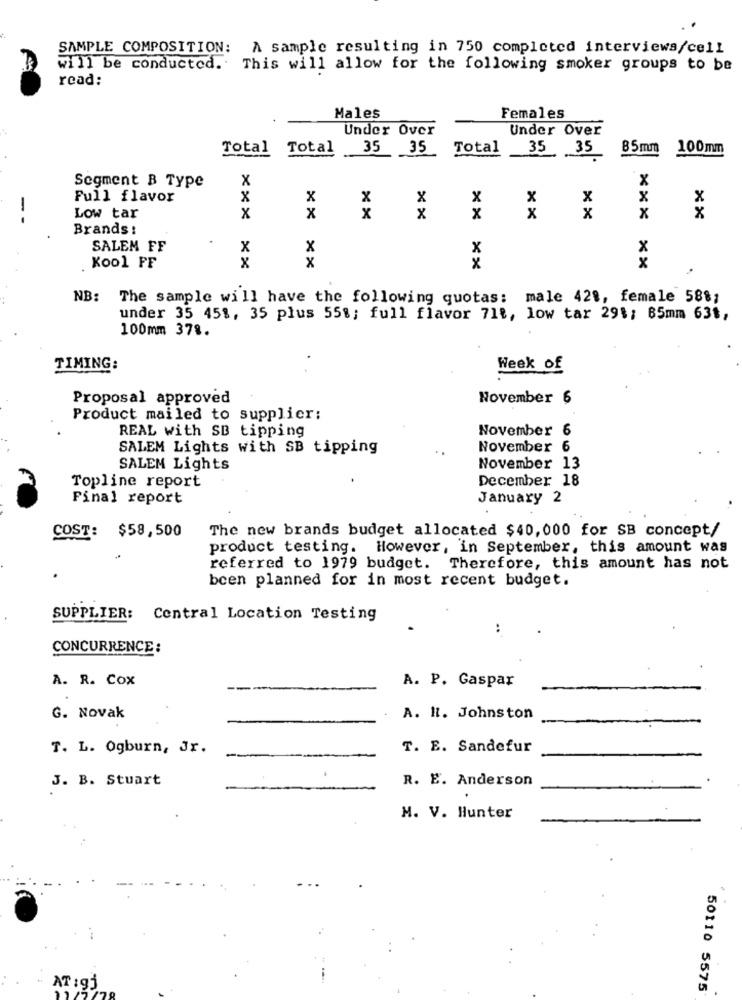
SAMPLE COMPOSITION: A sample resulting in 750 completed interviews/cell
will be conducted. This will allow for the following smoker groups to be
read:
Males
Females
Under Over
Under Over
Total
Total 35 35
Total
85mm
100mm
35 35
X
X
Segment B Type
Full flavor
x
x
x
x
x
x
x
X
x
--
Low tar
x
x
x
X
x
x
x
x
x
Brands :
.
SALEM FF
x
x
x
x
x
x
x
X
Kool FF
NB: The sample will have the following quotas: male 428, female 58%;
under 35 451, 35 plus 55%; full flavor 718, low tar 29$; 65mm 63t,
100mm 378.
TIMING:
Week of
Proposal approved
November 6
Product mailed to supplier:
November 6
REAL with SB tipping
SALEM Lights with SB tipping
November 6
SALEM Lights
November 13
Topline report
December 18
Final report
January 2
COST: $58,500
The new brands budget allocated $40,000 for SB concept/
product testing. However, in September, this amount was
referred to 1979 budget. Therefore, this amount has not
been planned for in most recent budget.
SUPPLIER: Central Location Testing
..
CONCURRENCE:
A. R. Cox
A. P. Gaspar
G. Novak
A. Il. Johnston
T. L. Ogburn, Jr.
T. E. Sandefur
J. B. Stuart
R. E. Anderson
M. V. Hunter
AT :gj
50110 5575